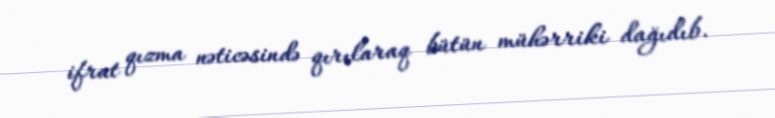
ifrat qızma nəticəsində qırılaraq bütün mühərriki dağıdıb.